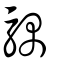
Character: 𩤛